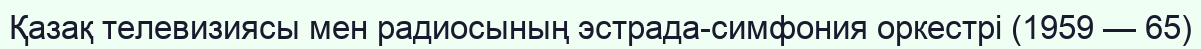
Қазақ телевизиясы мен радиосының эстрада-симфония оркестрі (1959 — 65)